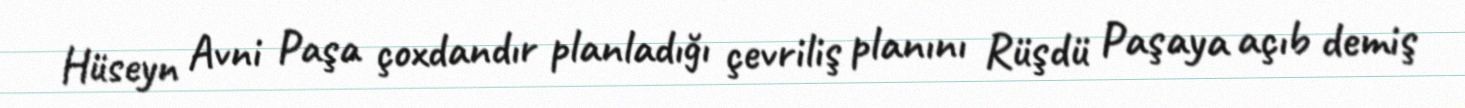
Hüseyn Avni Paşa çoxdandır planladığı çevriliş planını Rüşdü Paşaya açıb demiş